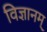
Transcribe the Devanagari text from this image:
विज्ञानम्